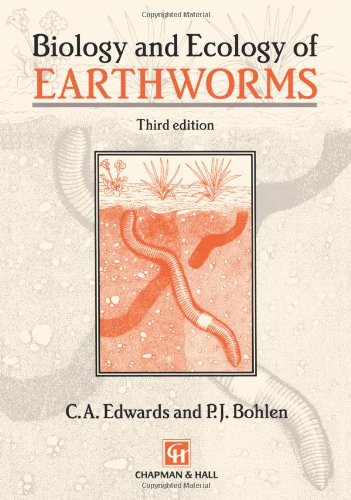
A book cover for Biology and Ecology of Earthworms (Biology & Ecology of Earthworms); Clive A. Edwards; Sports & Outdoors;